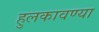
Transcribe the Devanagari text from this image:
हुलकावण्या